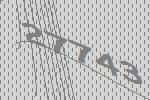
27743